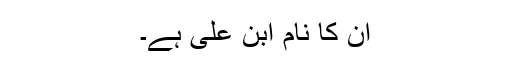
ان کا نام ابن علی ہے۔